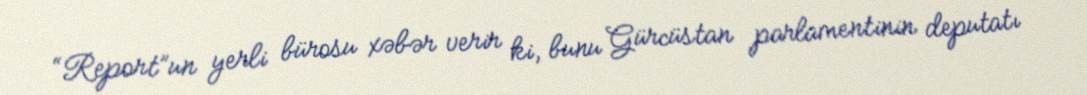
“Report”un yerli bürosu xəbər verir ki, bunu Gürcüstan parlamentinin deputatı